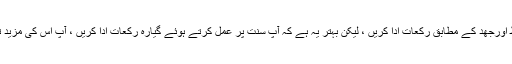
اور اس میں شرط نہيں کہ آپ تراویح میں تعداد متعین کرلیں ، بلکہ آپ اپنی نشاط اورجھد کے مطابق رکعات ادا کریں ، لیکن بہتر یہ ہے کہ آپ سنت پر عمل کرتے ہوئے گیارہ رکعات ادا کریں ، آپ اس کی مزید تفصیل دیکھنے کےلیے سوال نمبر ( 9036 ) کے جواب کا بھی مطالعہ کریں ۔